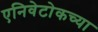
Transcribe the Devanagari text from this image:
एनिवेटोकच्या